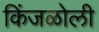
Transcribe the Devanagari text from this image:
किंजळोली